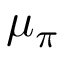
\mu _ { \pi } \,